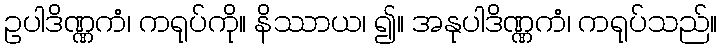
ဥပါဒိဏ္ဏကံ၊ ကရုပ်ကို။ နိဿာယ၊ ၍။ အနုပါဒိဏ္ဏကံ၊ ကရုပ်သည်။